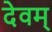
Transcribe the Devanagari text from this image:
देवम्